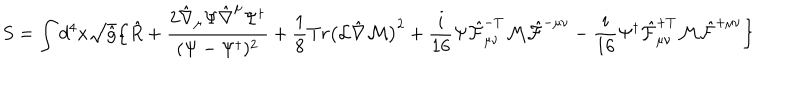
S = \int d ^ { 4 } x \sqrt { \hat { g } } \Bigl \{ \hat { R } + \frac { 2 \hat { \nabla } _ { \mu } \Psi \hat { \nabla } ^ { \mu } \Psi ^ { \dagger } } { ( \Psi - \Psi ^ { \dagger } ) ^ { 2 } } + \frac { 1 } { 8 } T r \bigl ( { \cal L } \hat { \nabla } { \cal M } \bigr ) ^ { 2 } + \frac { i } { 1 6 } \Psi \hat { \cal F } _ { \mu \nu } ^ { - T } { \cal M } \hat { \cal F } ^ { - \mu \nu } - \frac { i } { 1 6 } \Psi ^ { \dagger } \hat { \cal F } _ { \mu \nu } ^ { + T } { \cal M } \hat { \cal F } ^ { + \mu \nu } \Bigr \}